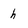
Character: h